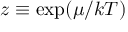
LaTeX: z \equiv \exp ( \mu / k T )